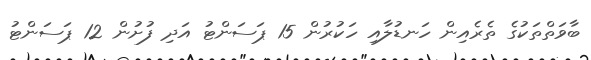
ބާވަތްތަކުގެ ތެރެއިން ހަނޑުލާއި ހަކުރުން 15 ޕަސަންޓު އަދި ފުށުން 12 ޕަސަންޓު